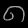
Digit: ၈